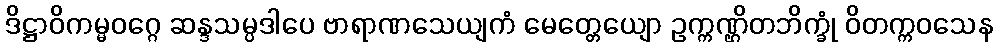
ဒိဋ္ဌာဝိကမ္မဝဂ္ဂေ ဆန္ဒသမ္ပဒါပေ ဗာရာဏသေယျကံ မေတ္တေယျော ဥက္ကဏ္ဌိတဘိက္ခုံ ဝိတက္ကဝသေန